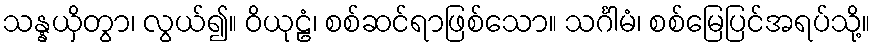
သန္နယှိတွာ၊ လွယ်၍။ ဝိယုဠံ၊ စစ်ဆင်ရာဖြစ်သော။ သင်္ဂါမံ၊ စစ်မြေပြင်အရပ်သို့။